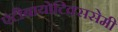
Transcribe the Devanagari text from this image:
एंटीबायोटिक्ससेमी